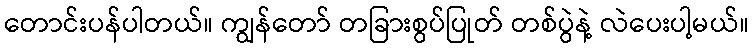
တောင်းပန်ပါတယ်။ ကျွန်တော် တခြားစွပ်ပြုတ် တစ်ပွဲနဲ့ လဲပေးပါ့မယ်။